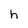
Character: h